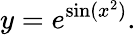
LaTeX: y=e^{\sin(x^{2})}.